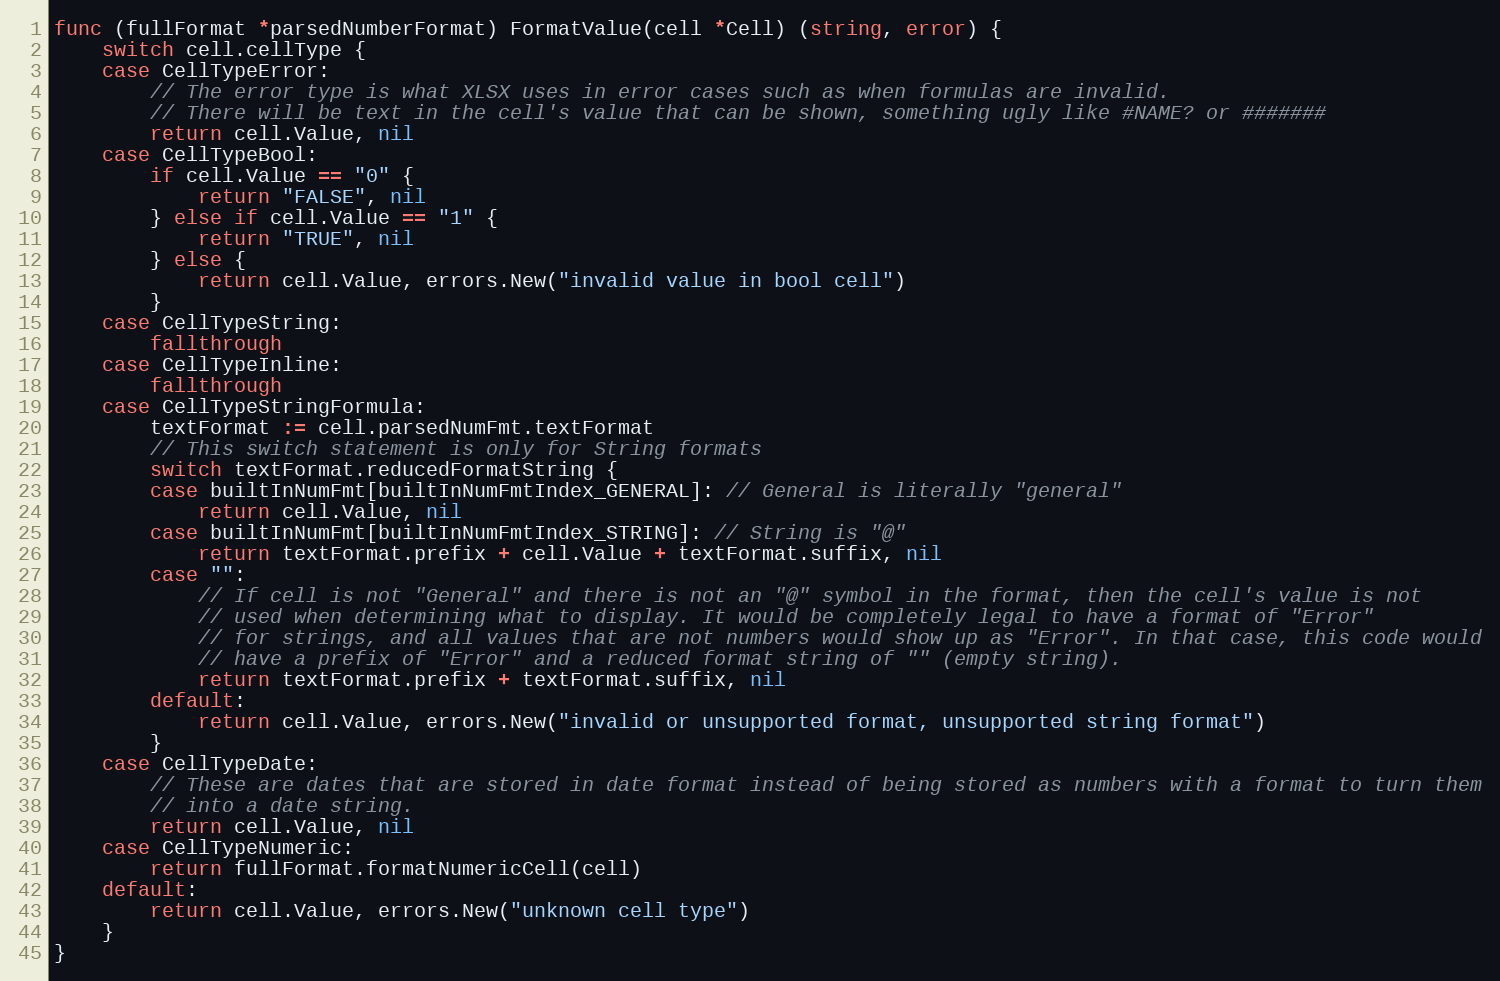
Language: Go
func (fullFormat *parsedNumberFormat) FormatValue(cell *Cell) (string, error) {
	switch cell.cellType {
	case CellTypeError:
		// The error type is what XLSX uses in error cases such as when formulas are invalid.
		// There will be text in the cell's value that can be shown, something ugly like #NAME? or #######
		return cell.Value, nil
	case CellTypeBool:
		if cell.Value == "0" {
			return "FALSE", nil
		} else if cell.Value == "1" {
			return "TRUE", nil
		} else {
			return cell.Value, errors.New("invalid value in bool cell")
		}
	case CellTypeString:
		fallthrough
	case CellTypeInline:
		fallthrough
	case CellTypeStringFormula:
		textFormat := cell.parsedNumFmt.textFormat
		// This switch statement is only for String formats
		switch textFormat.reducedFormatString {
		case builtInNumFmt[builtInNumFmtIndex_GENERAL]: // General is literally "general"
			return cell.Value, nil
		case builtInNumFmt[builtInNumFmtIndex_STRING]: // String is "@"
			return textFormat.prefix + cell.Value + textFormat.suffix, nil
		case "":
			// If cell is not "General" and there is not an "@" symbol in the format, then the cell's value is not
			// used when determining what to display. It would be completely legal to have a format of "Error"
			// for strings, and all values that are not numbers would show up as "Error". In that case, this code would
			// have a prefix of "Error" and a reduced format string of "" (empty string).
			return textFormat.prefix + textFormat.suffix, nil
		default:
			return cell.Value, errors.New("invalid or unsupported format, unsupported string format")
		}
	case CellTypeDate:
		// These are dates that are stored in date format instead of being stored as numbers with a format to turn them
		// into a date string.
		return cell.Value, nil
	case CellTypeNumeric:
		return fullFormat.formatNumericCell(cell)
	default:
		return cell.Value, errors.New("unknown cell type")
	}
}